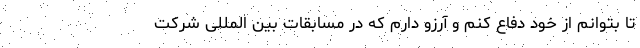
تا بتوانم از خود دفاع کنم و آرزو دارم که در مسابقات بین المللی شرکت